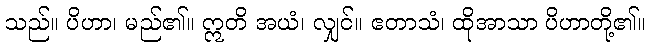
သည်။ ပိဟာ၊ မည်၏။ ဣတိ အယံ၊ လျှင်။ ဧတာသံ၊ ထိုအာသာ ပိဟာတို့၏။